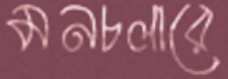
মনচলারে